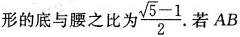
形的底与腰之比为\frac{ \sqrt{5}-1}{2}.若AB